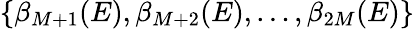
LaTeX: \{ \beta_{M+1}(E),\beta_{M+2}(E),\dots,\beta_{2M}(E)\}